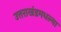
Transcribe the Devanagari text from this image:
उत्तराखंडमधल्या